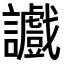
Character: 𫍔